Vaccination in Bombay 1863-1868 - 1863-1868
Year: 1863
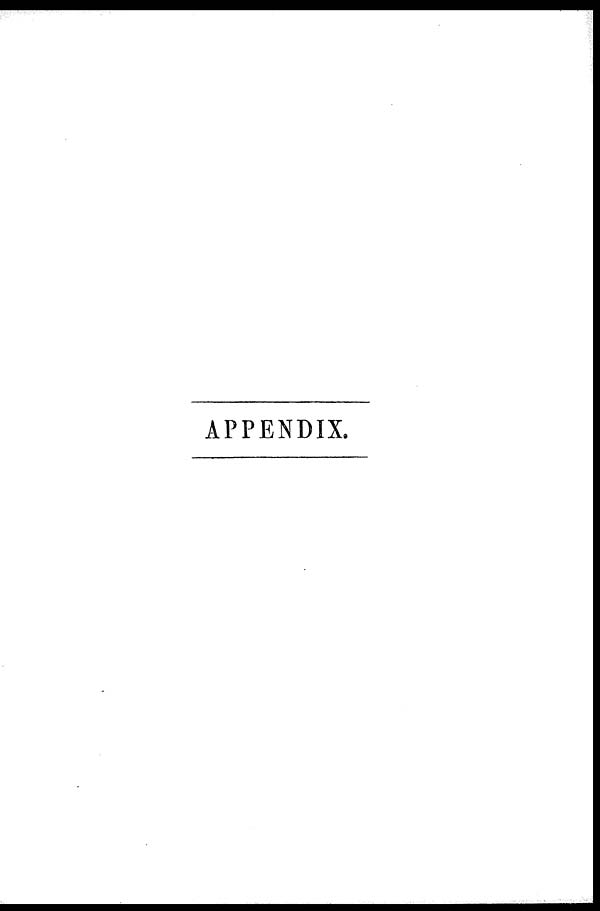
APPENDIX.